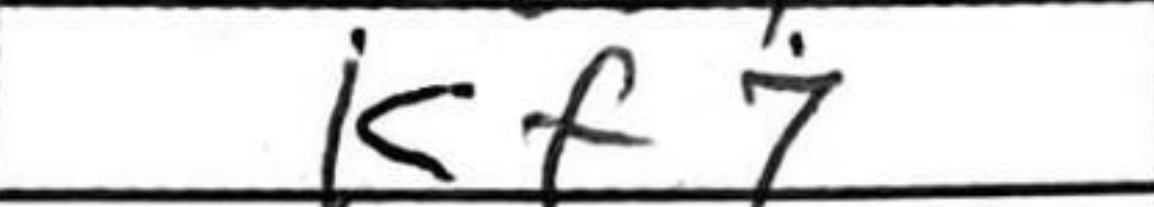
Transcription: Kf7